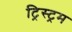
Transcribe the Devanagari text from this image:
ट्रिस्ट्रम